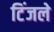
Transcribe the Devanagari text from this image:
टिंजले